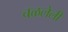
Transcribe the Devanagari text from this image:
चळलेली